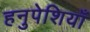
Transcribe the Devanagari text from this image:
हनुपेशियाँ